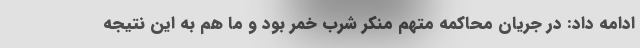
ادامه داد: در جریان محاکمه متهم منکر شرب خمر بود و ما هم به این نتیجه